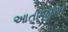
આતાજીએ